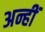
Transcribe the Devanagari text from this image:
अन्हीं